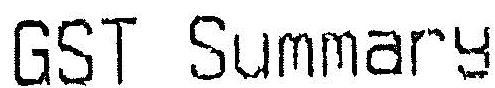
GST SUMMARY